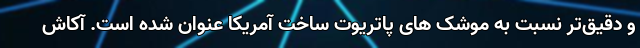
و دقیق‌تر نسبت به موشک های پاتریوت ساخت آمریکا عنوان شده است. آکاش